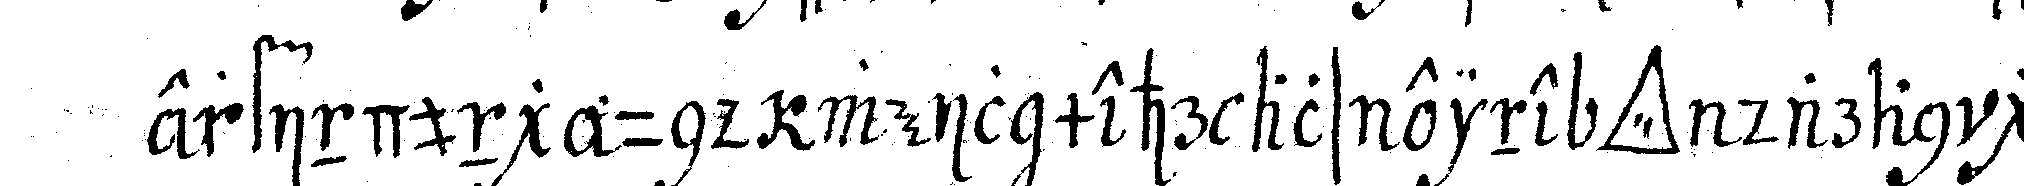
erfindung und weil mehr als eine *tri..* daran gear